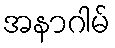
အနာဂါမ်